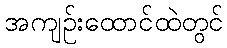
အကျဉ်းထောင်ထဲတွင်